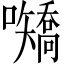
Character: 𪢤